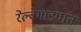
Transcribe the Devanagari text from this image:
रेल्वेगाड्यांत